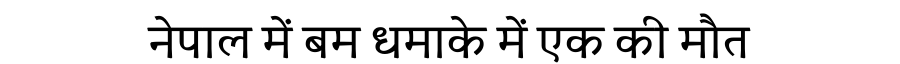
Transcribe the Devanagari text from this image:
नेपाल में बम धमाके में एक की मौत